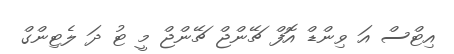
އިޓްސް އަ ވިންޑް އޮފް ޗޭންޖް ޗޭންޖް މީ ޓު ދަ ލެޓިންގް